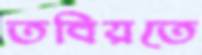
তবিয়তে